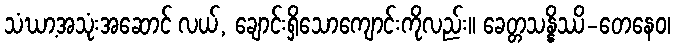
သံဃာ့အသုံးအဆောင် လယ်, ချောင်းရှိသောကျောင်းကိုလည်း။ ခေတ္တသန္နိဿိ-တေနေဝ၊